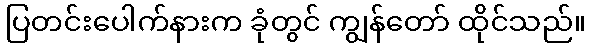
ပြတင်းပေါက်နားက ခုံတွင် ကျွန်တော် ထိုင်သည်။